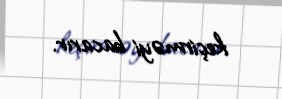
keçirməyi bacarır.